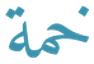
خمة